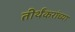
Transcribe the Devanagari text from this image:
तीर्थंकरांच्या